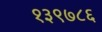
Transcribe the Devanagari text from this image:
१३९७८६